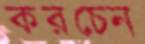
করচেন